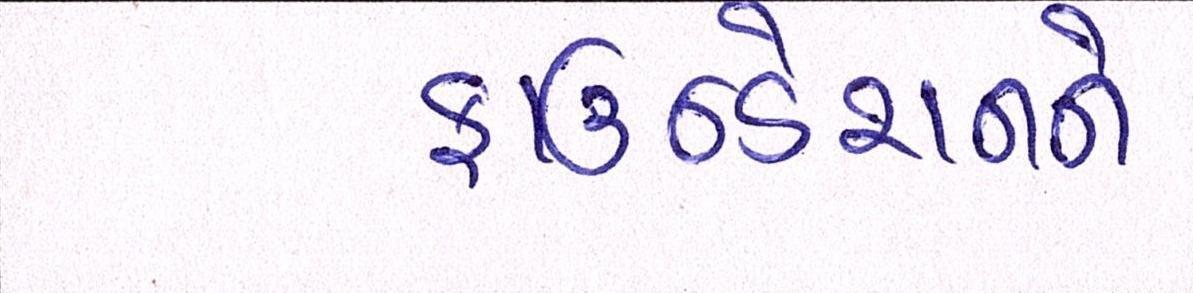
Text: ફાઉન્ડેશનને